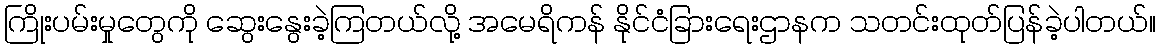
ကြိုးပမ်းမှုတွေကို ဆွေးနွေးခဲ့ကြတယ်လို့ အမေရိကန် နိုင်ငံခြားရေးဌာနက သတင်းထုတ်ပြန်ခဲ့ပါတယ်။